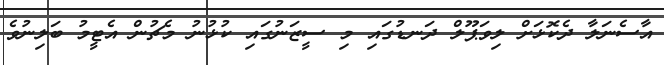
އާސެނަލާ ދެކޮޅަށް ލިވަޕޫލް ދަނޑުގައި މި ސީޒަނުގައި ކުޅުނު މެޗުން އެޓީމު ބަލިނުވެ